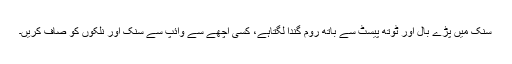
سنک میں پڑے بال اور ٹوتھ پیسٹ سے باتھ روم گندا لگتاہے، کسی اچھے سے وائپ سے سنک اور نلکوں کو صاف کریں۔